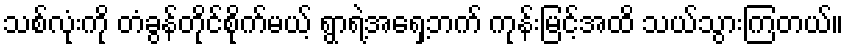
သစ်လုံးကို တံခွန်တိုင်စိုက်မယ့် ရွာရဲ့အရှေ့ဘက် ကုန်းမြင့်အထိ သယ်သွားကြတယ်။